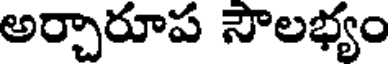
అర్చారూప సౌలభ్యం